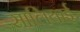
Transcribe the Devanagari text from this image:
सालियाई